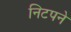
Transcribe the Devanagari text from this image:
निटपने